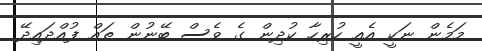
މަމެން ނަކީ އެއީ ހުރިހާ ކުދިން ގެ ވެސް ބޭނުން ތައް ފުއްދައިދޭ